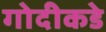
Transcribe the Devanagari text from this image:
गोदीकडे